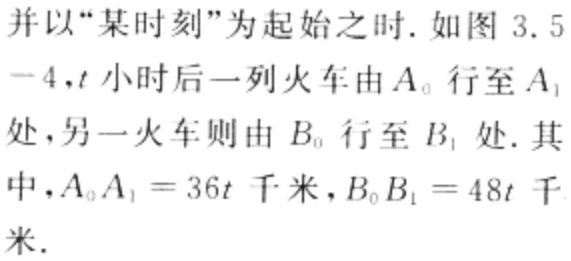
并以“某时刻”为起始之时. 如图 3.5
$-4$，$t$小时后一列火车由$A_{0}$行至$A_{1}$
处，另一火车则由$B_{0}$行至$B_{1}$处. 其
中，$A_{0}A_{1}=36t$千米，$B_{0}B_{1}=48t$千
米.